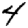
Digit: 4